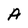
Character: A